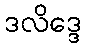
ဒလိဒ္ဒေ